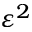
\varepsilon ^ { 2 }